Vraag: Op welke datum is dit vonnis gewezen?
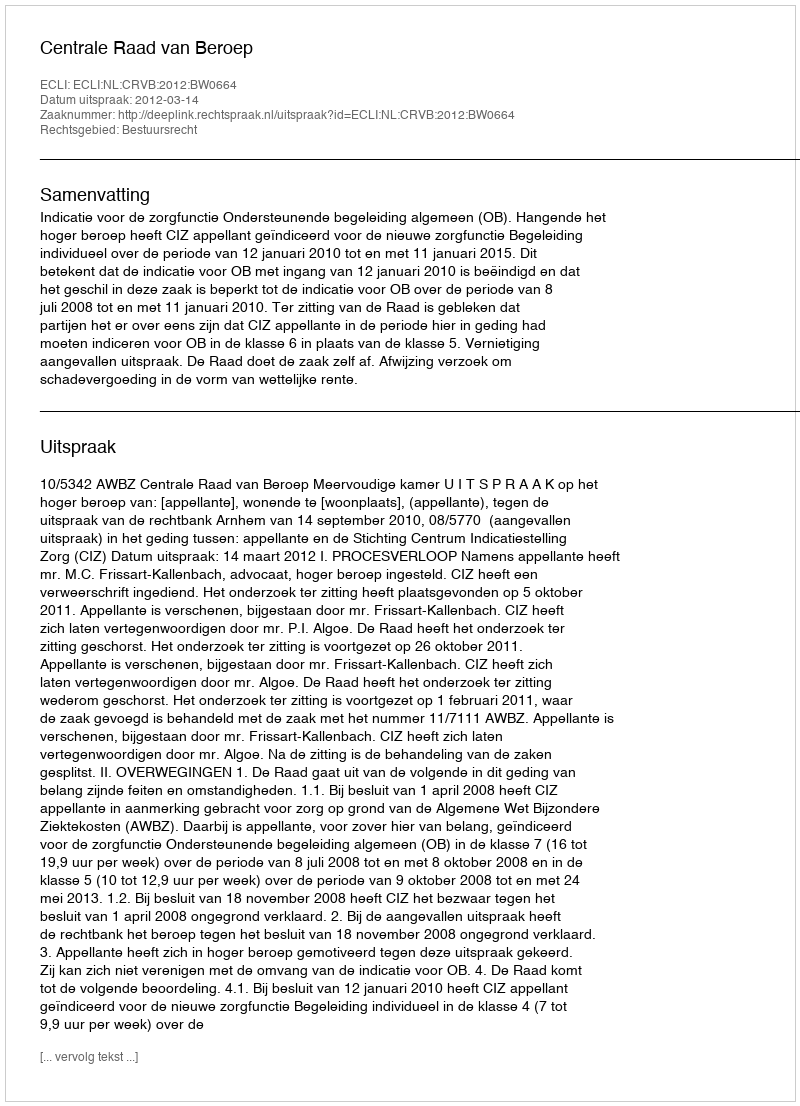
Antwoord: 2012-03-14